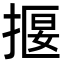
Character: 揠